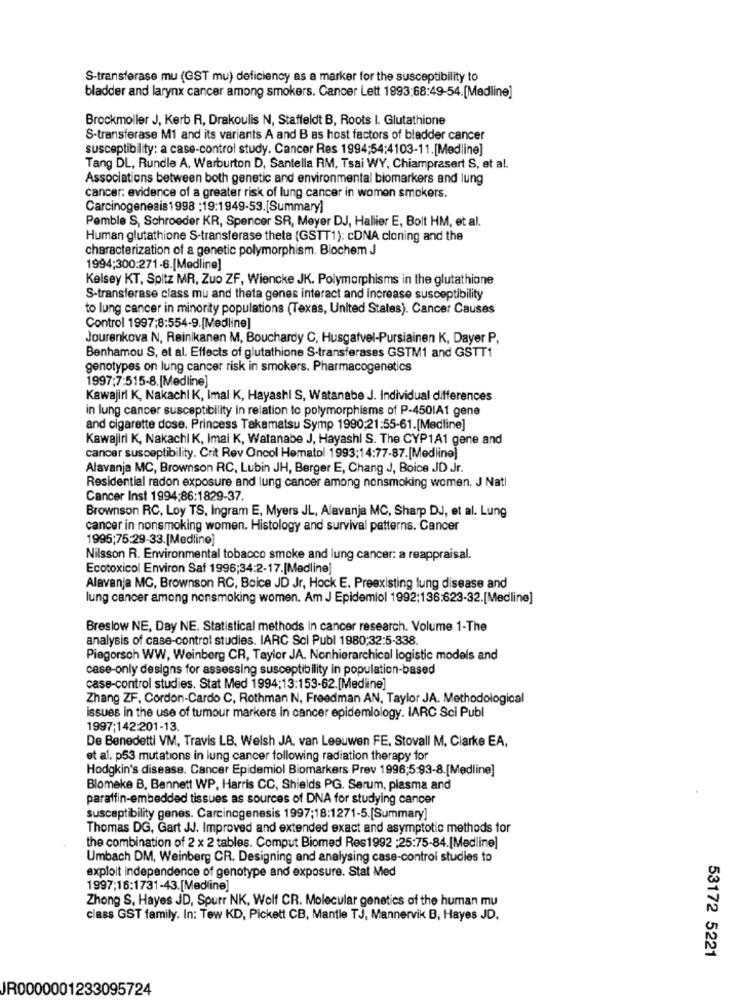
S-transferase mu (GST mu) deficiency as a marker for the susceptibility to
bladder and larynx cancer among smokers. Cancer Lett 1993:68:49-54.[Medline]
Brockmoller J, Kerb R, Drakoulis N, Staffeldt B, Roots I. Glutathione
S-transferase M1 and its variants A and B as host factors of bladder cancer
susceptibility: a case-control study. Cancer Res 1994:54:4103-11.[Medline]
Tang DL, Rundle A, Warburton D, Santella RM, Tsai WY, Chiamprasert S, et al.
Associations between both genetic and environmental biomarkers and lung
cancer: evidence of a greater risk of lung cancer in women smokers.
Carcinogenesis1998 ; 19:1949-53.[Summary]
Pemble S, Schroeder KR, Spencer SR, Meyer DJ, Hallier E, Bolt HM, et al.
Human glutathione S-transferase theta (GSTT1): cDNA cloning and the
characterization of a genetic polymorphism. Biochem J
1994;300:271-6.[Medline]
Kelsey KT, Spitz MR, Zuo ZF, Wiencke JK. Polymorphisms in the glutathione
S-transferase class mu and theta genes interact and increase susceptibility
to lung cancer in minority populations (Texas, United States). Cancer Causes
Control 1997;8:554-9.[Medline]
Jourenkova N, Reinikanen M, Bouchardy C, Husgafvel-Pursiainen K, Dayer P,
Benhamou S, et al. Effects of glutathione S-transferases GSTM1 and GSTT1
genotypes on lung cancer risk in smokers. Pharmacogenetics
1997;7:515-8.[Medline]
Kawajiri K, Nakachi K, Imal K, Hayashi S, Watanabe J. Individual differences
in lung cancer susceptibility in relation to polymorphisms of P-4501A1 gene
and cigarette dose. Princess Takamatsu Symp 1990;21:55-61.[Medline]
Kawajiri K, Nakachi K, Imai K, Watanabe J, Hayashi S. The CYP1A1 gene and
cancer susceptibility. Crit Rev Oncol Hematol 1993;14:77-87.[Medline)
Alavanja MC, Brownson RC, Lubin JH, Berger E, Chang J, Boice JD Jr.
Residential radon exposure and lung cancer among nonsmoking women. J Natl
Cancer Inst 1994;86:1829-37.
Brownson RC, Loy TS, Ingram E, Myers JL, Alavanja MC, Sharp DJ, et al. Lung
cancer in nonsmoking women. Histology and survival patterns. Cancer
1995;75:29-33.[Medline]
Nilsson R. Environmental tobacco smoke and lung cancer: a reappraisal.
Ecotoxicol Environ Saf 1996;34:2-17.[Medline]
Alavanja MC, Brownson RC, Boice JD Jr, Hock E. Preexisting lung disease and
lung cancer among nonsmoking women. Am J Epidemiol 1992;136:623-32.[Medline]
Breslow NE, Day NE. Statistical methods in cancer research. Volume 1-The
analysis of case-control studies. IARC Sci Publ 1980;32:5-338.
Piegorsch WW, Weinberg CR, Taylor JA. Nonhierarchical logistic models and
case-only designs for assessing susceptibility in population-based
case-control studies. Stat Med 1994;13:153-62.[Medline]
Zhang ZF. Cordon-Cardo C, Rothman N, Freedman AN, Taylor JA. Methodological
issues in the use of tumour markers In cancer epidemiology. IARC Sci Publ
1997;142:201-13.
De Benedetti VM, Travis LB. Welsh JA, van Leeuwen FE, Stovall M, Clarke EA,
et al. p53 mutations in lung cancer following radiation therapy for
Hodgkin's disease. Cancer Epidemiol Biomarkers Prev 1996;5:93-8.[Medline]
Blomeke B, Bennett WP, Harris CC, Shields PG. Serum, plasma and
paraffin-embedded tissues as sources of DNA for studying cancer
susceptibility genes. Carcinogenesis 1997;18:1271-5.[Summary]
Thomas DG, Gart JJ. Improved and extended exact and asymptotic methods for
the combination of 2 x 2 tables. Comput Biomed Res 1992 : 25:75-84.[Medline]
Umbach DM, Weinberg CR. Designing and analysing case-control studies to
exploit independence of genotype and exposure. Stat Med
1997;16:1731-43.[Medline]
Zhong S. Hayes JD, Spurr NK, Wolf CR. Molecular genetics of the human mu
class GST family. In: Tew KD, Pickett CB, Mantle TJ, Mannervik B, Hayes JD,
53172 5221
JR0000001233095724